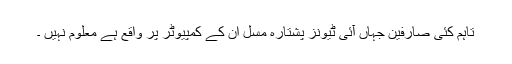
تاہم کئی صارفین جہاں آئی ٹیونز پشتارہ مسل ان کے کمپیوٹر پر واقع ہے معلوم نہیں ۔